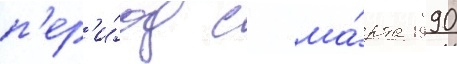
п'ер'и́од с ма́рта 1990